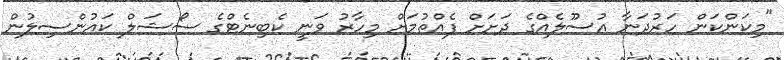
"މިކަންކަން ހަރުދަނާ އުސޫލެއްގެ ދަށަށް ފެއްތުމަށް މިހާރު ވަނީ ކެބިނެޓްގެ ސޯޝަލް ކައުންސިލުން